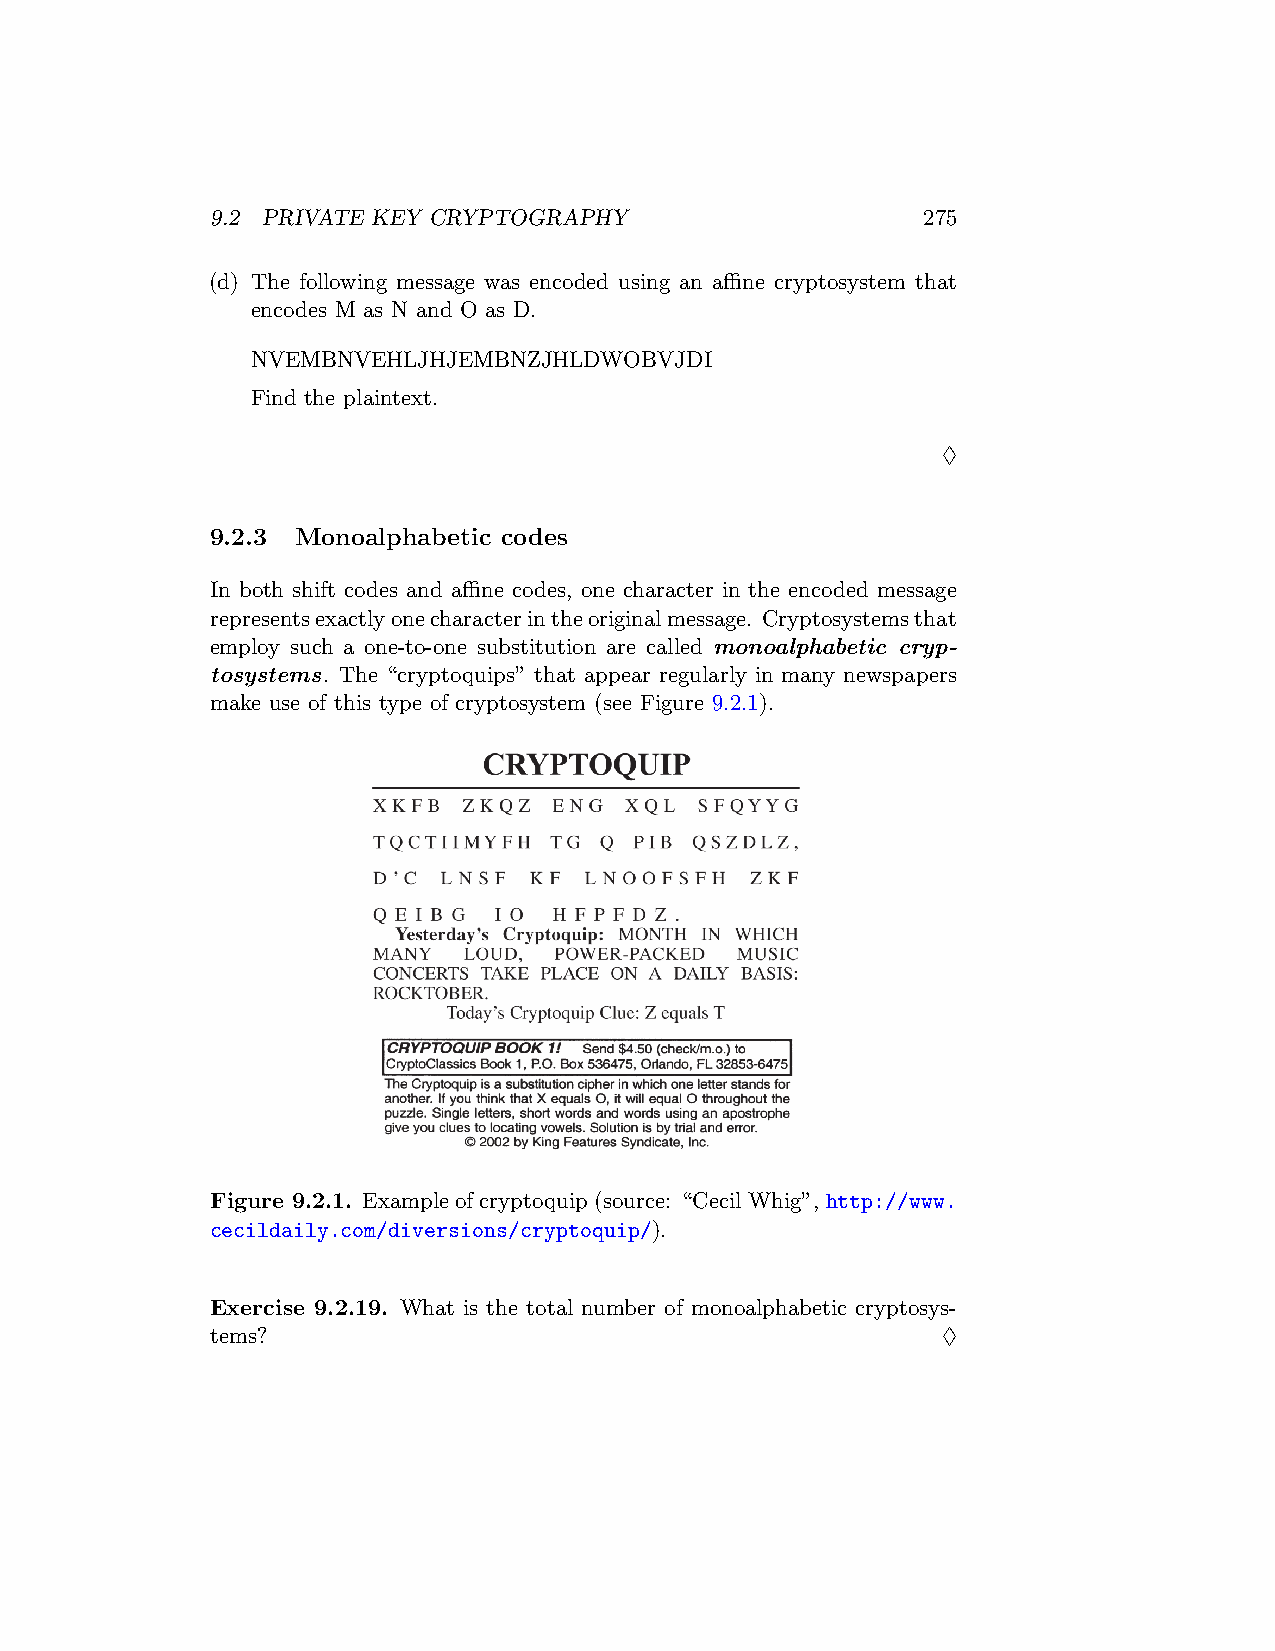
9.2 PRIVATE KEY CRYPTOGRAPHY                   275
 (d) The following message was encoded using an affine cryptosystem that
 encodes M as N and O as D.
 NVEMBNVEHLJHJEMBNZJHLDWOBVJDI
 Find the plaintext.
 ♢
 9.2.3 Monoalphabetic codes
 In both shift codes and affine codes, one character in the encoded message
 representsexactlyonecharacterintheoriginalmessage. Cryptosystemsthat
 employ such a one-to-one substitution are called monoalphabetic cryp-
 tosystems. The “cryptoquips” that appear regularly in many newspapers
 make use of this type of cryptosystem (see Figure 9.2.1).
 Figure 9.2.1. Example of cryptoquip (source: “Cecil Whig”, http://www.
 cecildaily.com/diversions/cryptoquip/).
 Exercise 9.2.19. What is the total number of monoalphabetic cryptosys-
 tems?                                           ♢